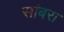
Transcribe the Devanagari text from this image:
सांंबरा